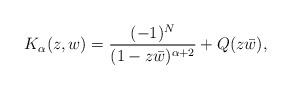
LaTeX: \begin{align*}K_{\alpha}(z,w) = \dfrac{(-1)^{N}}{(1-z\bar{w})^{\alpha+2}} +Q(z\bar{w}),\end{align*}